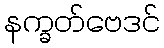
နက္ခတ်ဗေဒင်